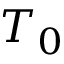
T _ { 0 }